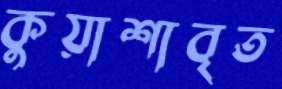
কুয়াশাবৃত